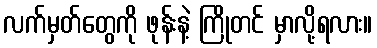
လက်မှတ်တွေကို ဖုန်းနဲ့ ကြိုတင် မှာလို့ရလား။